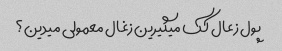
پول زعال کک میگیرین زغال معمولی میدین؟